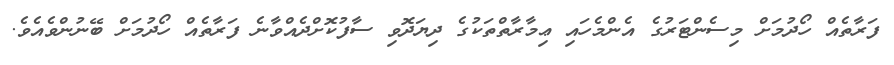
ފަރާތެއް ހޯދުމަށް މިސެންޓަރުގެ އެންމެހައި ޢިމާރާތްތަކުގެ ދިޔަދޮވި ސާފުކޮށްދެއްވާނެ ފަރާތެއް ހޯދުމަށް ބޭނުންވެއެވެ.